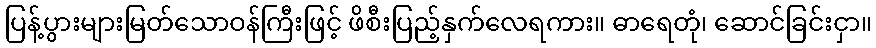
ပြန့်ပွားများမြတ်သောဝန်ကြီးဖြင့် ဖိစီးပြည့်နှက်လေရကား။ ဓာရေတုံ၊ ဆောင်ခြင်းငှာ။